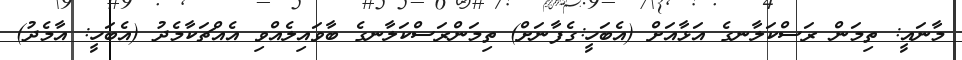
މާނައީ: ތިމަން ރަސްކަލާނގެ އަޅާއަށް (އެބަހީ:ގެފާނަށް) ތިމަންރަސްކަލާނގެ ބާވައިލެއްވި އެއްޗަކާމެދު (އެބަހީ: އާމެދު)